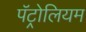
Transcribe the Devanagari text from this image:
पॅट्रोलियम